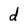
Character: d